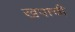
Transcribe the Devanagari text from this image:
खपाची